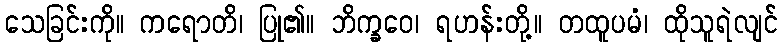
သေခြင်းကို။ ကရောတိ၊ ပြု၏။ ဘိက္ခဝေ၊ ရဟန်းတို့။ တထူပမံ၊ ထိုသူရဲလျင်